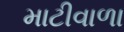
માટીવાળા